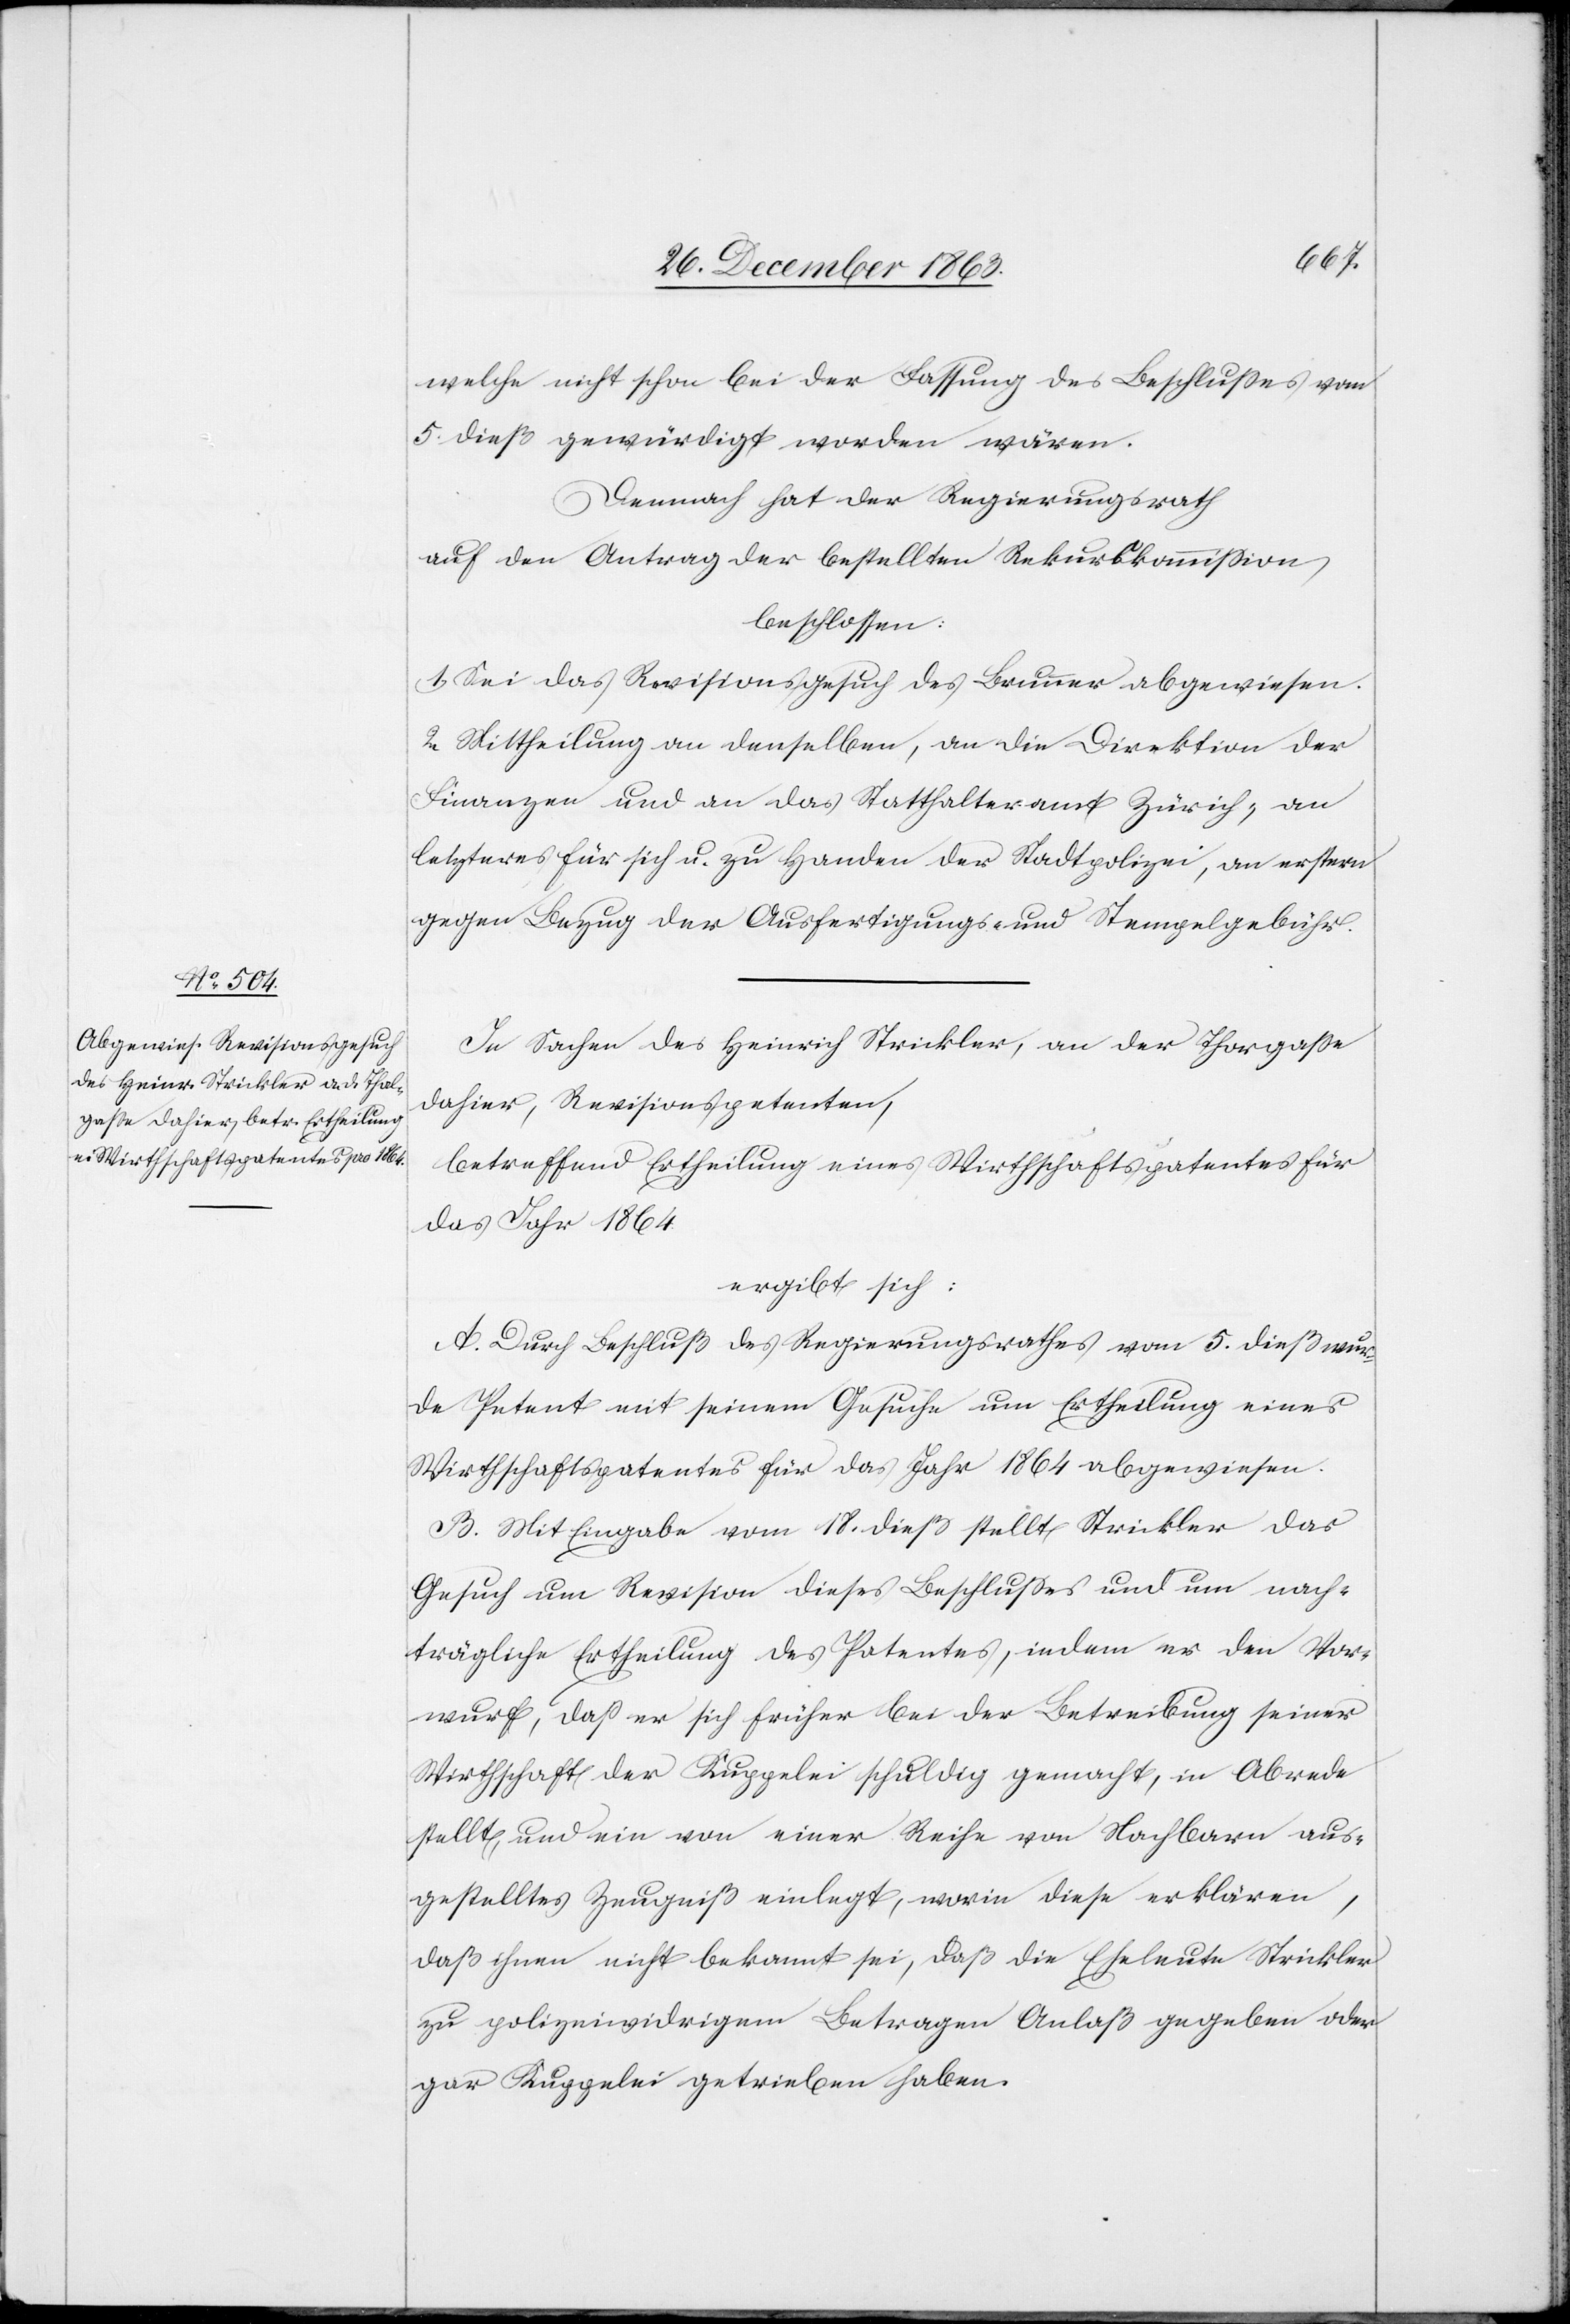
welche nicht schon bei der Fassung des Beschlusses vom
5. dieß gewürdigt worden wären.
Demnach hat der Regierungsrath
auf den Antrag der bestellten Rekurskommission,
beschlossen:
1. Sei das Revisionsgesuch des Brunner abgewiesen.
2. Mittheilung an denselben, an die Direktion der
Finanzen und an das Statthalteramt Zürich; an
letzteres für sich u. zu Handen der Stadtpolizei, an erstern
gegen Bezug der Ausfertigungs- und Stempelgebühr.
In Sachen des Heinrich Strickler, an der Thorgasse
dahier, Revisionspetenten,
betreffend Ertheilung eines Wirthschaftspatentes für
das Jahr 1864
ergibt sich:
A. Durch Beschluß des Regierungsrathes vom 5. dieß wur¬
de Petent mit seinem Gesuche um Ertheilung eines
Wirthschaftspatentes für das Jahr 1864 abgewiesen.
B. Mit Eingabe vom 18. dieß stellt Strickler das
Gesuch um Revision dieses Beschlusses und um nach¬
trägliche Ertheilung des Patentes, indem er den Vor¬
wurf, dass er sich früher bei der Betreibung seiner
Wirthschaft der Kuppelei schuldig gemacht, in Abrede
stellt, und ein von einer Reihe von Nachbarn aus¬
gestelltes Zeugniß einlegt, worin diese erklären,
daß ihnen nicht bekannt sei, daß die Eheleute Strickler
zu polizeiwidrigem Betragen Anlaß gegeben oder
gar Kuppelei getrieben haben.